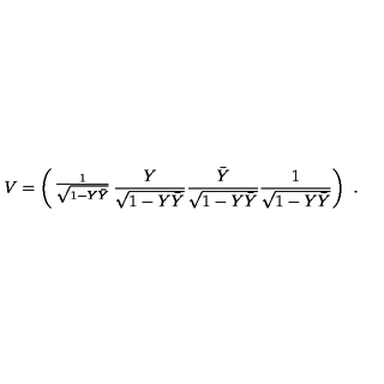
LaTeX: V = \left( \begin{matrix} { { \frac { 1 } { \sqrt { 1 - Y \bar { Y } } } } } & { { \frac { Y } { \sqrt { 1 - Y \bar { Y } } } } } \\ { { \frac { \bar { Y } } { \sqrt { 1 - Y \bar { Y } } } } } & { { \frac { 1 } { \sqrt { 1 - Y \bar { Y } } } } } \\ \end{matrix} \right) \ .